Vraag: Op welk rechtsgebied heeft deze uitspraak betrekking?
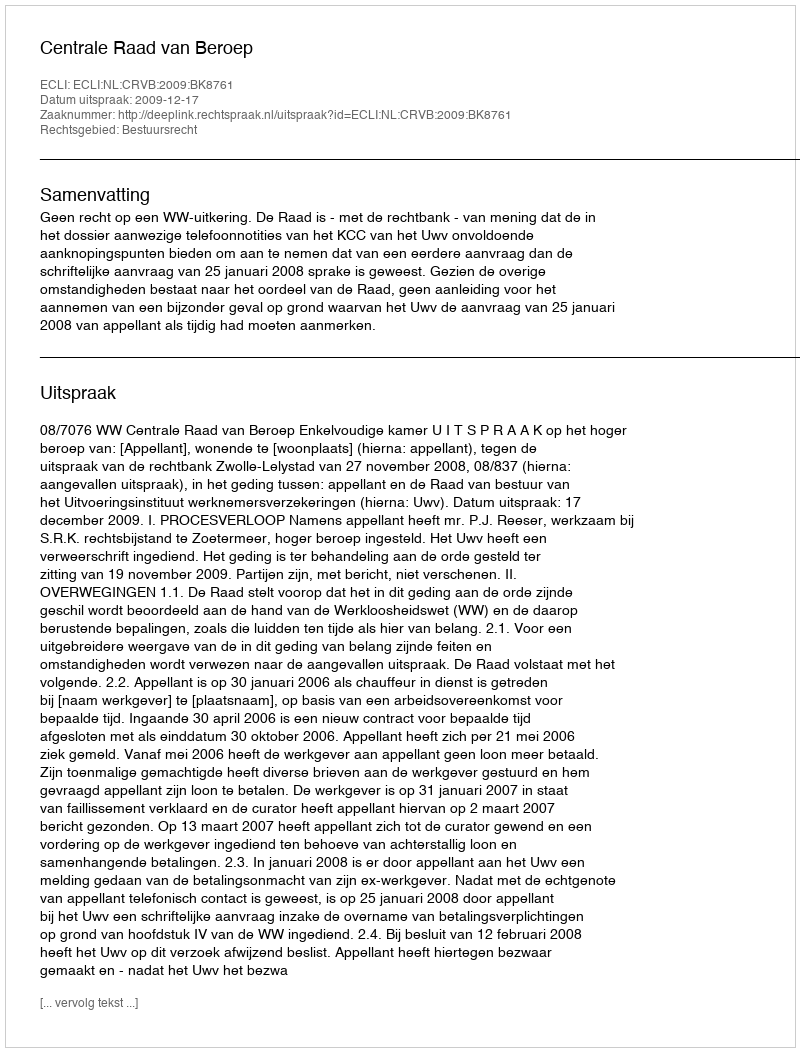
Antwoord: Bestuursrecht